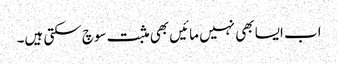
اب ایسا بھی نہیں مائیں بھی مثبت سوچ سکتی ہیں۔